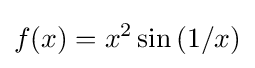
f(x)=x^{2}\sin \left(1/x\right)